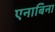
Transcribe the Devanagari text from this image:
एनाबिना